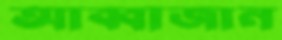
আব্বাজান